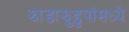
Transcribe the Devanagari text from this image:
झाडाझुडुपांमध्ये